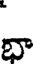
భా